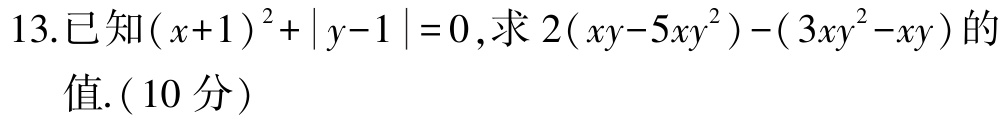
13.已知\((x + 1)^2+|y - 1| = 0\),求\(2(xy - 5xy^2)-(3xy^2 - xy)\)的值.(10分)